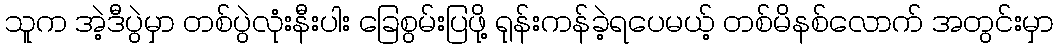
သူက အဲ့ဒီပွဲမှာ တစ်ပွဲလုံးနီးပါး ခြေစွမ်းပြဖို့ ရုန်းကန်ခဲ့ရပေမယ့် တစ်မိနစ်လောက် အတွင်းမှာ